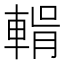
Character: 𮝛